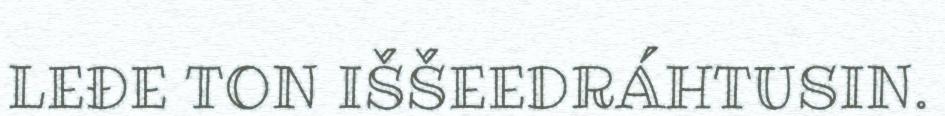
LEĐE TON IŠŠEEDRÁHTUSIN.